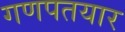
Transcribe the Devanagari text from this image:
गणपतयार